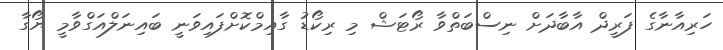
ހަރިއާނާގެ ފަރީދް އާބާދަށް ނިސްބަތްވާ ރޯޓަޝް މި ރިކޯޑު ގާއިމްކޮށްފައިވަނީ ބައިނަލްއަގްވާމީ ޔޯގާ